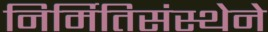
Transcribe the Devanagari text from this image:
निर्मितिसंस्थेने